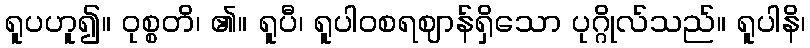
ရူပဟူ၍။ ဝုစ္စတိ၊ ၏။ ရူပီ၊ ရူပါဝစရဈာန်ရှိသော ပုဂ္ဂိုလ်သည်။ ရူပါနိ၊